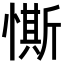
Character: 𢠹